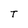
Character: T